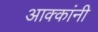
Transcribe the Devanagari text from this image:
आक्कांनी